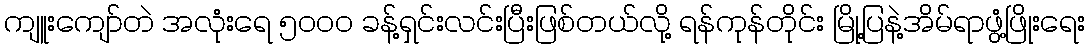
ကျူးကျော်တဲ အလုံးရေ ၅၀၀၀ ခန့်ရှင်းလင်းပြီးဖြစ်တယ်လို့ ရန်ကုန်တိုင်း မြို့ပြနဲ့အိမ်ရာဖွံ့ဖြိုးရေး